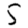
Digit: 5